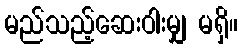
မည်သည့်ဆေးဝါးမျှ မရှိ။